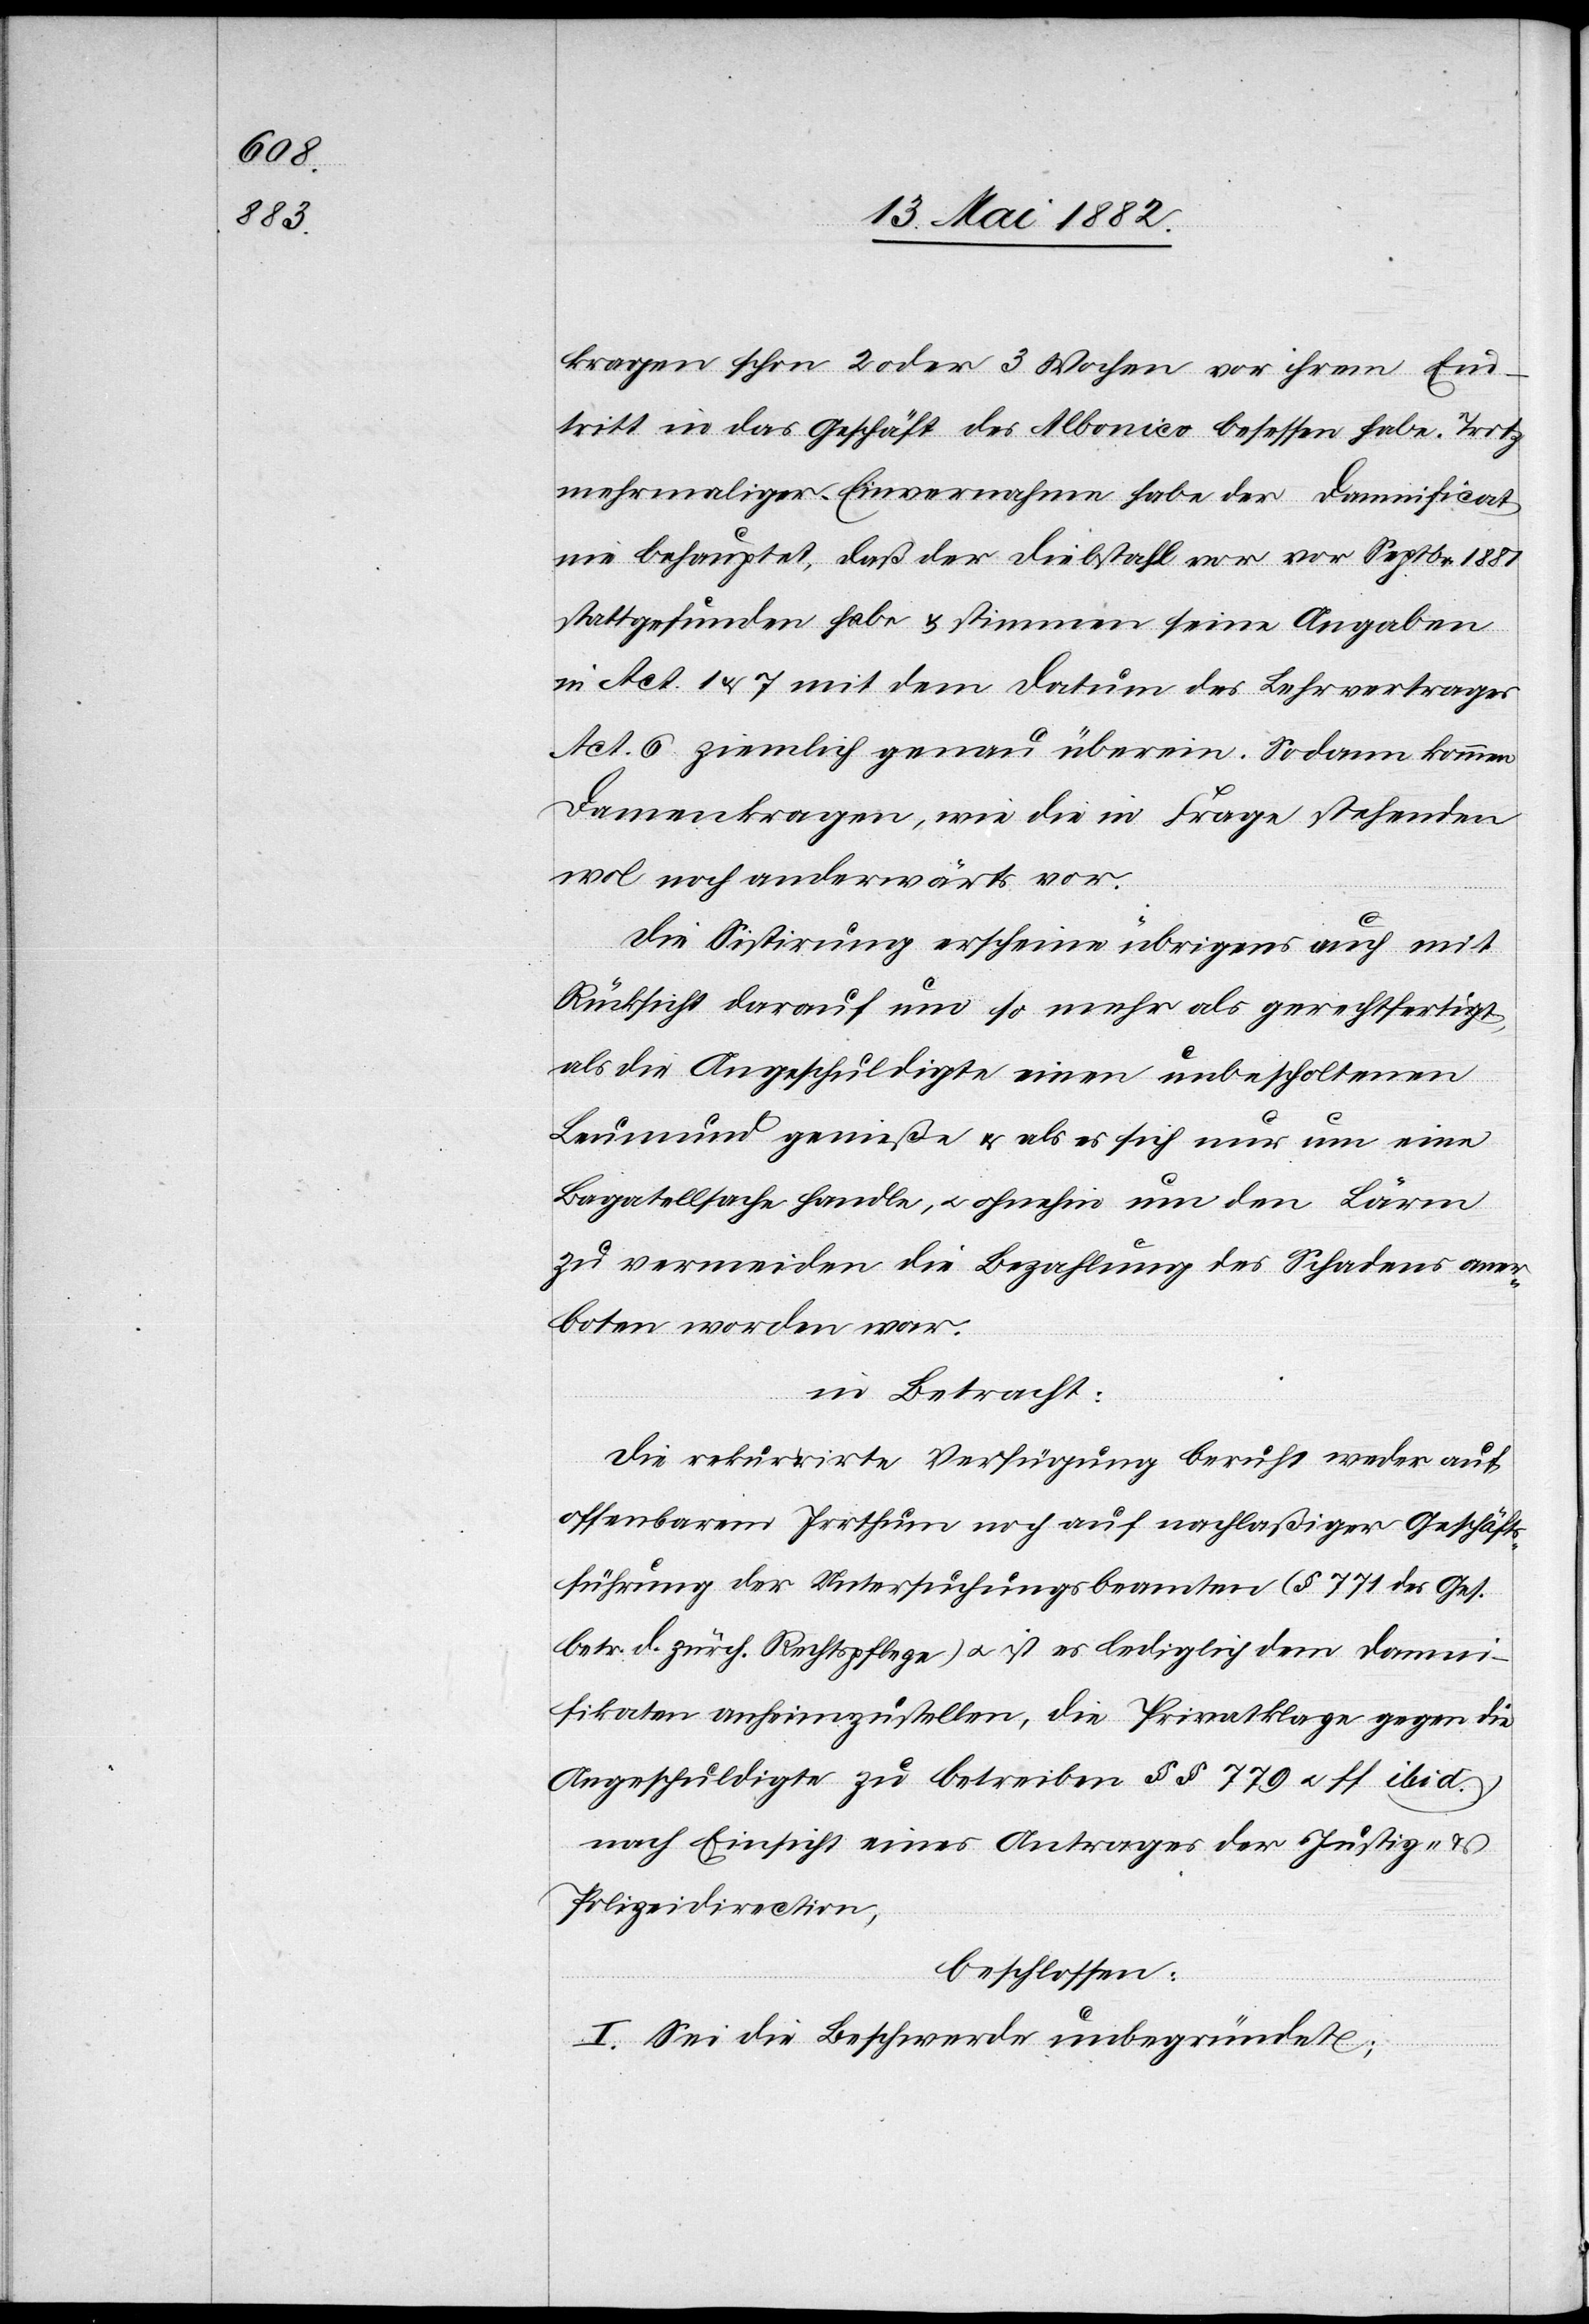
1881

kragen schon 2 oder 3 Wochen vor ihrem Ein¬
tritt in das Geschäft des Albonico besessen habe. Trotz
mehrmaliger Einvernahme habe der Damnificat
nie behauptet, daß der Diebstahl vor vor [sic!]
stattgefunden habe & stimmen seine Angaben
in Act. 1 & 7 mit dem Datum des Lehrvertrages
Act. 6 ziemlich genau überein. Sodann kommen
Damenkragen, wie die in Frage stehenden
wol noch anderwärts vor.
Die Sistirung erscheine übrigens auch mit
Rücksicht darauf um so mehr als gerechtfertigt,
als die Angeschuldigte einen unbescholtenen
Leumund genieße & als es sich nur um eine
Bagatellsache handle, u. ohnehin um den Lärm
zu vermeiden die Bezahlung des Schadens aner¬
boten worden war.
in Betracht:
Die rekurrirte Verfügung beruht weder auf
offenbarem Irrthum noch auf nachläßiger Geschäfts¬
führung der Untersuchungsbeamten (§ 771 des Ges.
betr. d. zürch. Rechtspflege) u. ist es lediglich dem Damni¬
fikaten anheim zu stellen, die Privatklage gegen die
Angeschuldigte zu betreiben (§§ 779 u. ff ibid.).
nach Einsicht eines Antrages der Justiz- &
Polizeidirection,
beschlossen:
I. Sei die Beschwerde unbegründet.